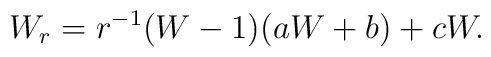
W_r = r^{-1} (W - 1)(a W + b) + c W.